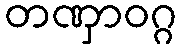
တဏှာဝဂ္ဂ